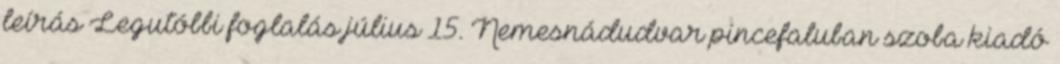
leírás Legutóbbi foglalás július 15. Nemesnádudvar pincefaluban szoba kiadó